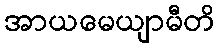
အာယမေယျာမီတိ